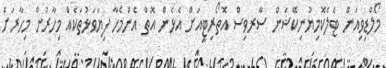
މޯލްޑިވިއަން ޓެލެކޮމިޔުނިކޭޝަން ސާރވިސް އޮތޯރިޓީއަށް އެޅެން އޮތް އެންމެހާ ފިޔަވަޅުތަކެއް މިހާރުން މިހާރަށް